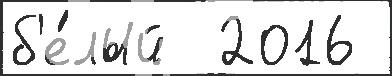
б'е́лый  2016